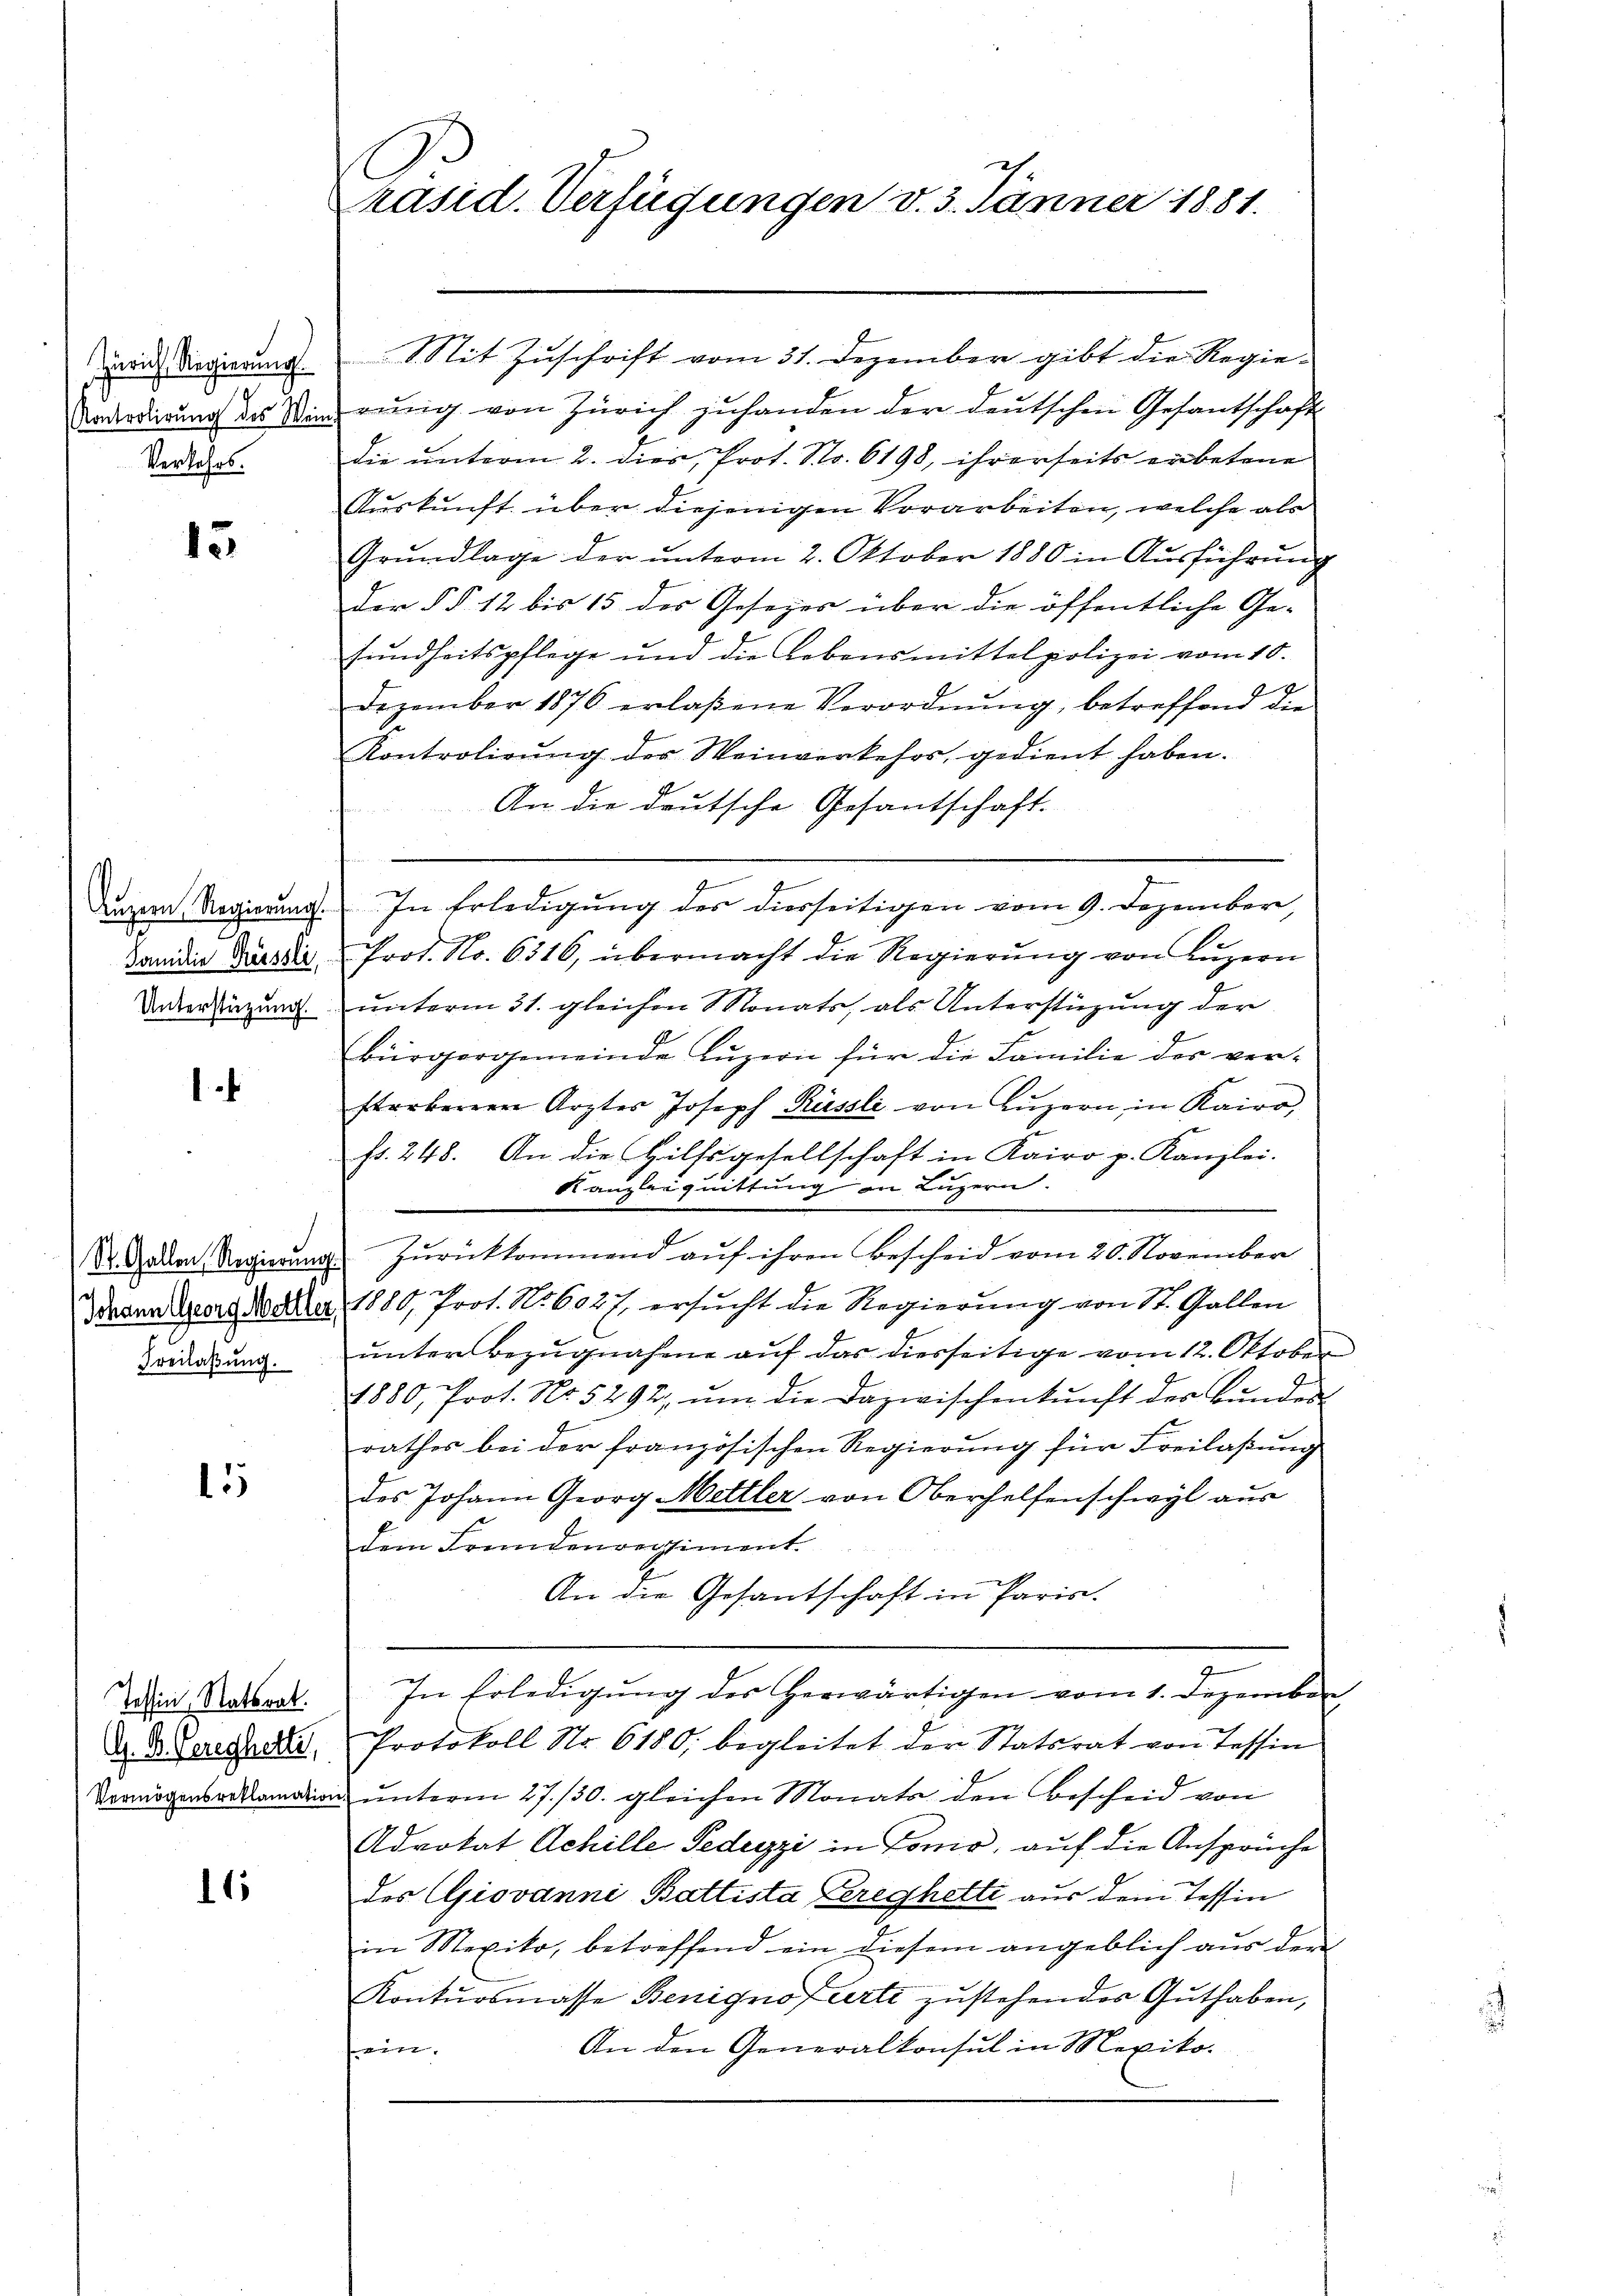
Zürich Regierung
Kontrolirung des Wein
Verkehrs.

d
Familie Küssli

15

1

Freilaßung.

15

16

Tessin, Ratsrat.

Präsid. Verfügungen d. 3. Jänner 1881.

Mit Zuschrift vom 31. Dezember gibt die Regie-
rŭng von Zürich zŭ handen der deutschen Gesantschaft
die unterm 2. dies, Prot. Str. 6198, ihrerseits erbetene
Auskunft über diejenigen Vorarbeiten, welche als
Grŭndlage der unterm 2. Oktober 1880 in Ausführung
Der §§. 12 bis 15 des Gesezes über die öffentliche Ge-
sundheitspflege und die Lebensmittel polizei vom 10.
Dezember 1876 erlaßene Verordnung, betreffend die
Kontrolirŭng der Weinverkehrs, gedient haben.
An die deutsche Gesantschaft.
Dunzen Regierung. In Erledigung des diesseitigen vom 9. Dezember,
Prot. No. 6316, übermacht die Regierung von Luzern
Unterstüzung unterm 31. gleichen Monats, als Unterstüzung der
bürgergemeinde Luzern für die Familie des verstorberen Ärzter Joseph Küssli von Luzern, in Kairo,
fr. 248. An die Hilfsgesellschaft in Kairo p. Kanzlei.
Kanzleiquittung an Luzern.
St. Gallen Regierungs Zŭrückkommend aŭf ihren Bescheid vom 20. November
Braun dort d. Mai 1889 Prot. No. 6027 ersucht die Regierung von St. Gallen
ŭnter Bezŭgnahme aŭf das diesseitige vom 12. Oktober
1880, Prot. No. 5292, ŭm die Dazwischenkunft des Bŭndes
rathes bei der französischen Regierŭng für Freilaßung
des Johann Georg Mettler von Oberhelfenschwyl aus
dem Freudenregiment.
An die Gesantschaft in Paris.
In Erledigung des Herwärtigen vom 1. Dezember
d. d. Gerechetr. Protokoll No 6180 begleitet der Statsrat von Tessin
Vermögensreklamation unterm 27./30. gleichen Monats den Bescheid von
Advokat Achille Fedeyzi in Tomo, auf die Ansprüche
des Giovanni Battista Gerechetti aus dem Tessin
in Mexiko, betreffend ein diesem angeblich aus der
Kontursmasse Benigno ferti zustehendes Guthaben,
An den Generalkonsul in Mexikofein